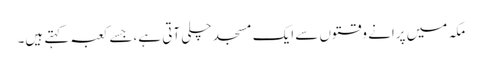
مکہ میں پرانے وقتوں سے ایک مسجد چلی آتی ہے،جسے کعبہ کہتے ہیں۔